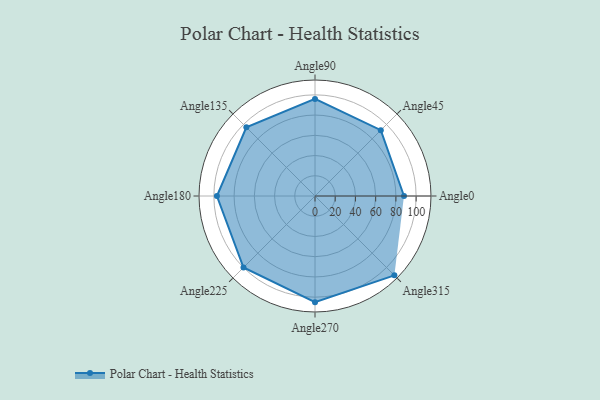
{"axis": {"x": "Angle", "y": "Radius"}, "legend": [""], "data": [{"x": "Angle0", "y": 88.0, "type": ""}, {"x": "Angle45", "y": 92.0, "type": ""}, {"x": "Angle90", "y": 96.0, "type": ""}, {"x": "Angle135", "y": 96.0, "type": ""}, {"x": "Angle180", "y": 97.0, "type": ""}, {"x": "Angle225", "y": 100.0, "type": ""}, {"x": "Angle270", "y": 105.0, "type": ""}, {"x": "Angle315", "y": 111.0, "type": ""}]}